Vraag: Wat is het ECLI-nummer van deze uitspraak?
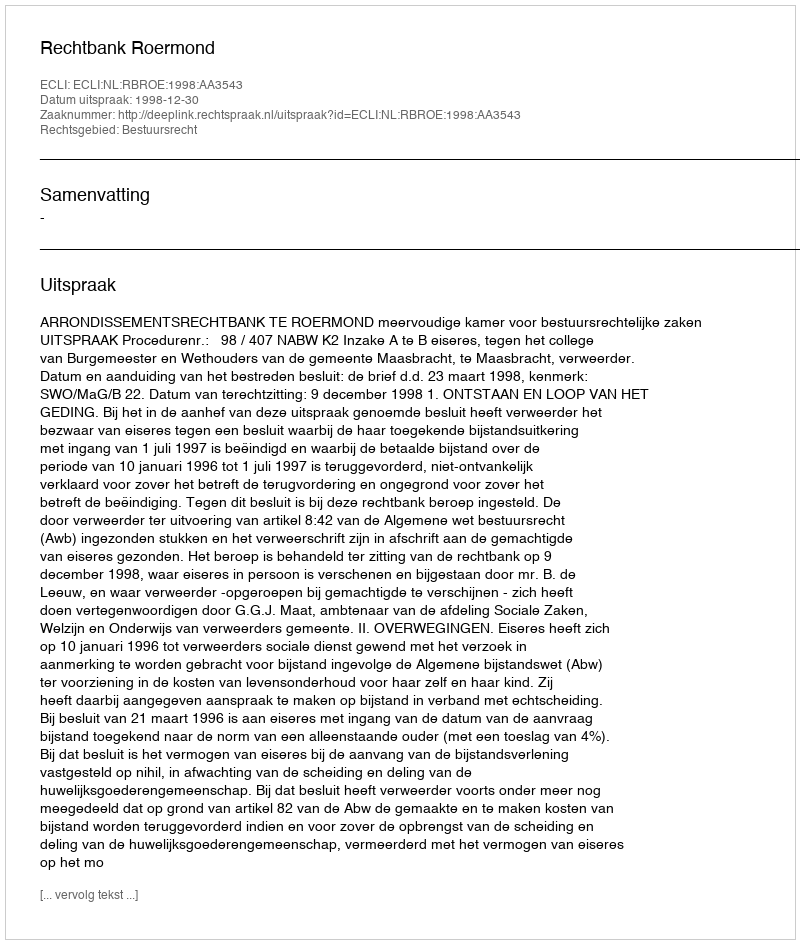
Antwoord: ECLI:NL:RBROE:1998:AA3543